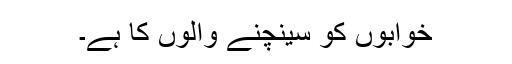
خوابوں کو سینچنے والوں کا ہے۔